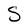
Character: S